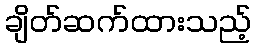
ချိတ်ဆက်ထားသည့်